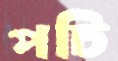
পচি